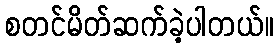
စတင်မိတ်ဆက်ခဲ့ပါတယ်။